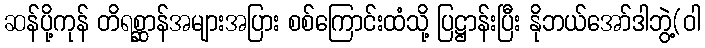
ဆန်ပို့ကုန် တိရစ္ဆာန်အများအပြား စစ်ကြောင်းထံသို့ ပြဋ္ဌာန်းပြီး နိုဘယ်အော်ဒါဘွဲ့(ဝါ